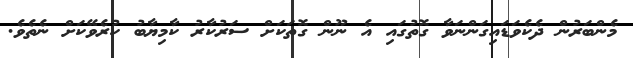
މެންބަރުން ދެކެވަޑައިގަންނަވާ ގޮތުގައި އެ ނޫން ގޮތަކަށް ސަރުކާރު ކާމިޔާބު ކުރެވޭކަށް ނެތެވެ.